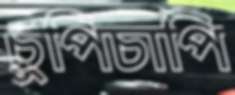
চুপিচাপি